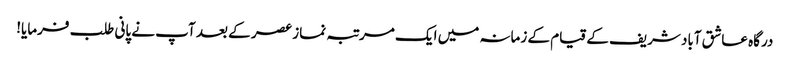
درگاہ عاشق آباد شریف کے قیام کے زمانہ میں ایک مرتبہ نماز عصر کے بعد آپ نے پانی طلب فرمایا!